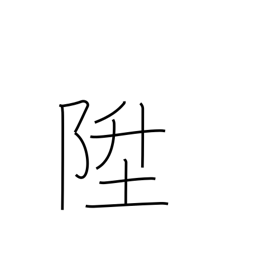
Meaning: go up